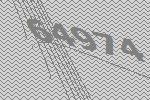
64974